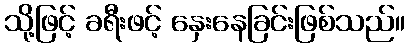
သို့ဖြင့် ခရီးဖင့် နှေးနေခြင်းဖြစ်သည်။